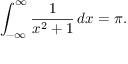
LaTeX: \int _ { - \infty } ^ { \infty } { \frac { 1 } { x ^ { 2 } + 1 } } \, d x = \pi .